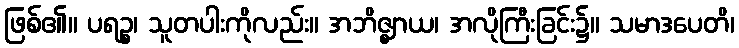
ဖြစ်၏။ ပရဉ္စ၊ သူတပါးကိုလည်း။ အဘိဇ္ဈာယ၊ အလိုကြီးခြင်း၌။ သမာဒပေတိ၊